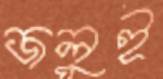
জলুই